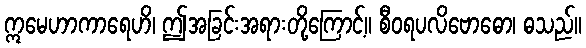
ဣမေဟာကာရေဟိ၊ ဤအခြင်းအရားတို့ကြောင့်။ စီဝရပလိဗောဓော၊ ဓသည်။